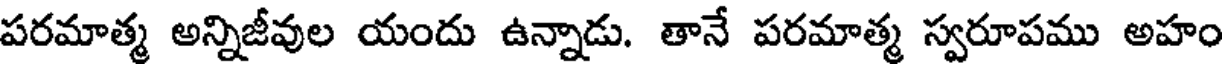
పరమాత్మ అన్నిజీవుల యందు ఉన్నాడు. తానే పరమాత్మ స్వరూపము అహం